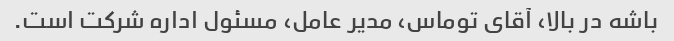
باشه در بالا، آقای توماس، مدیر عامل، مسئول اداره شرکت است.